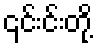
၎င်းင်းတို့